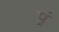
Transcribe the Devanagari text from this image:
प़्रं